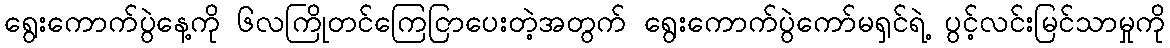
ရွေးကောက်ပွဲနေ့ကို ၆လကြိုတင်ကြေငြာပေးတဲ့အတွက် ရွေးကောက်ပွဲကော်မရှင်ရဲ့ ပွင့်လင်းမြင်သာမှုကို